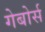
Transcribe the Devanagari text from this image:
गेबोर्स